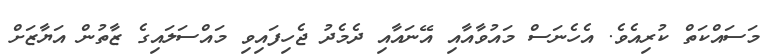
މަސައްކަތް ކުރިއެވެ. އެހެނަސް މައުވާއާއި އޭނައާއި ދެމެދު ޖެހިފައިވި މައްސަލައިގެ ޒާތުން އަޔާޒަށް